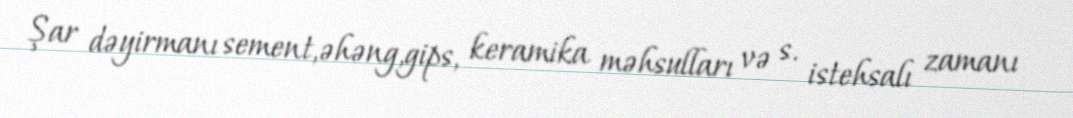
Şar dəyirmanı sement,əhəng,gips, keramika məhsulları və s. istehsalı zamanı